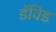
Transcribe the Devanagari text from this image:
डॅविड